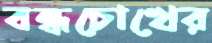
বন্ধচোখের